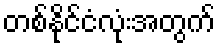
တစ်နိုင်ငံလုံးအတွက်